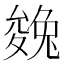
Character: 㕙